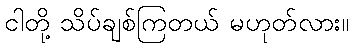
ငါတို့ သိပ်ချစ်ကြတယ် မဟုတ်လား။